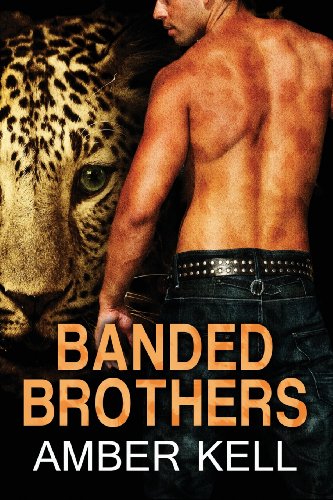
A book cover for Banded Brothers 1-5; Amber Kell; Romance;